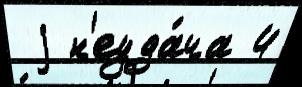
 j н'еуда́ча 4